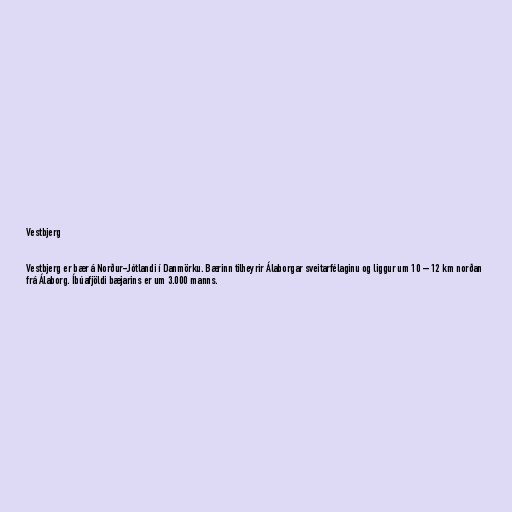
Vestbjerg

Vestbjerg er bær á Norður-Jótlandi í Danmörku. Bærinn tilheyrir Álaborgar sveitarfélaginu og liggur um 10 – 12 km norðan
frá Álaborg. Íbúafjöldi bæjarins er um 3.000 manns.